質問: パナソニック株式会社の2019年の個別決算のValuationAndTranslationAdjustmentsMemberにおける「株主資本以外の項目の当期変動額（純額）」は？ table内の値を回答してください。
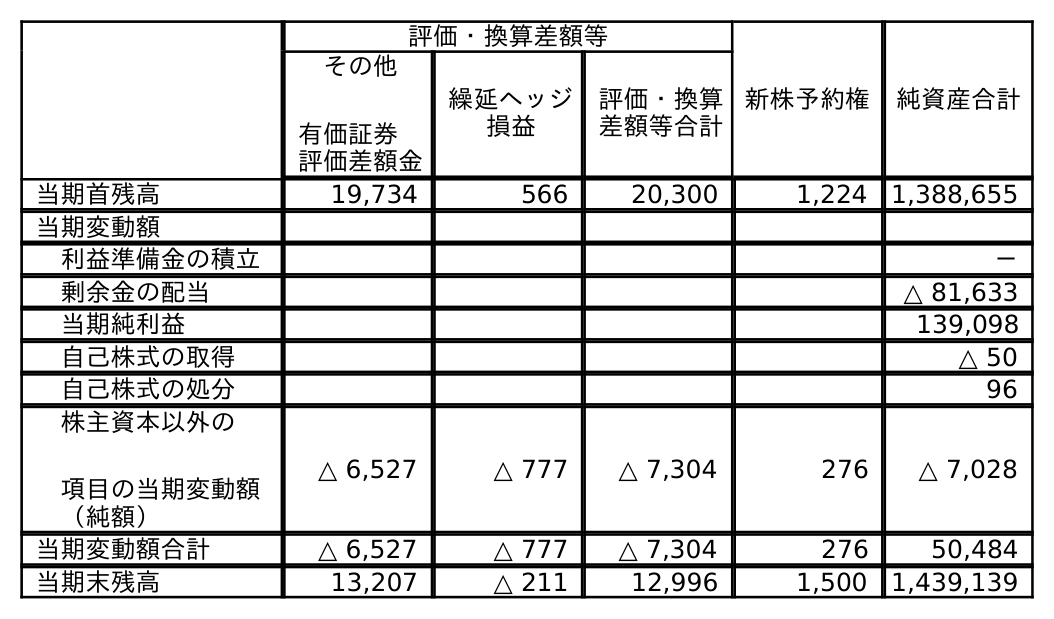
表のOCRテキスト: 評価・換算差額等 新株予約権 純資産合計 その他 有価証券  評価差額金 繰延ヘッジ 損益 評価・換算 差額等合計 当期首残高 19,734 566 20,300 1,224 1,388,655 当期変動額 利益準備金の積立 － 剰余金の配当 △ 81,633 当期純利益 139,098 自己株式の取得 △ 50 自己株式の処分 96 株主資本以外の 項目の当期変動額 （純額） △ 6,527 △ 777 △ 7,304 276 △ 7,028 当期変動額合計 △ 6,527 △ 777 △ 7,304 276 50,484 当期末残高 13,207 △ 211 12,996 1,500 1,439,139
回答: △7,304